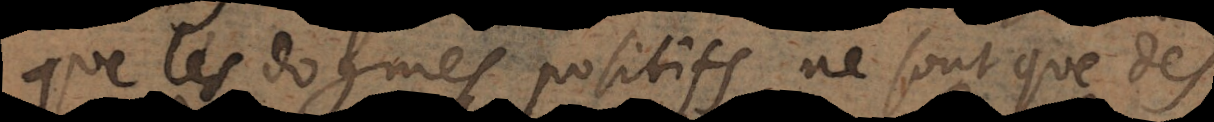
que les dogmes positifs ne sont que des